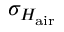
\sigma _ { H _ { \mathrm { a i r } } }